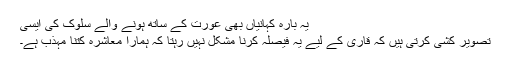
یہ بارہ کہانیاں بھی عورت کے ساتھ ہونے والے سلوک کی ایسی
تصویر کشی کرتی ہیں کہ قاری کے لیے یہ فیصلہ کرنا مشکل نہیں رہتا کہ ہمارا معاشرہ کتنا مہذب ہے۔